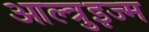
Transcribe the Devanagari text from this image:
आल्त्रुइज्म